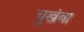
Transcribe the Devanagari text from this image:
चुखंबा